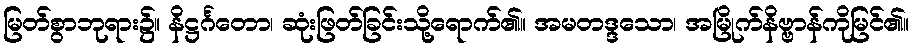
မြတ်စွာဘုရား၌။ နိဋ္ဌင်္ဂတော၊ ဆုံးဖြတ်ခြင်းသို့ရောက်၏။ အမတဒ္ဒသော၊ အမြိုက်နိဗ္ဗာန်ကိုမြင်၏။